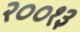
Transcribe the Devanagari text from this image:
२००१३